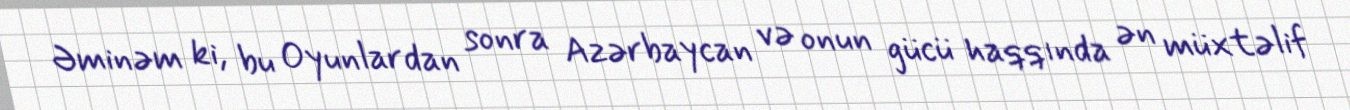
Əminəm ki, bu Oyunlardan sonra Azərbaycan və onun gücü haqqında ən müxtəlif